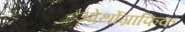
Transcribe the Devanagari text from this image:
ओर्थोग्राफिक